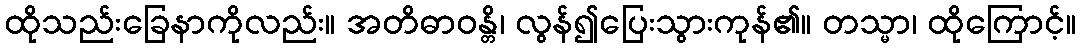
ထိုသည်းခြေနာကိုလည်း။ အတိဓာဝန္တိ၊ လွန်၍ပြေးသွားကုန်၏။ တသ္မာ၊ ထိုကြောင့်။